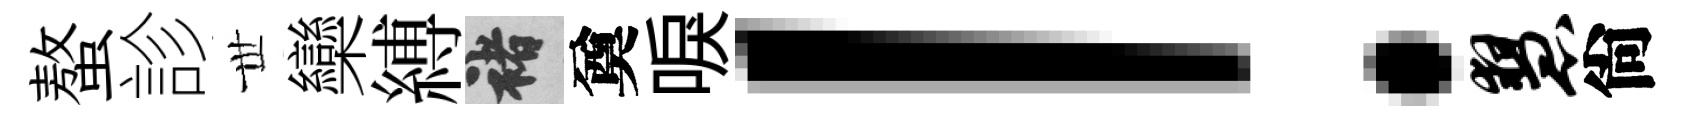
螯診𠀍欒縛褚奠唳！慧尙